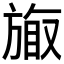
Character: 𪯽